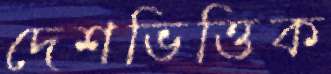
দেশভিত্তিক